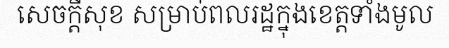
សេចក្តីសុខ សម្រាប់ពលរដ្ឋក្នុងខេត្តទាំងមូល